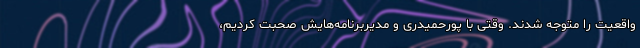
واقعیت را متوجه شدند. وقتی با پورحمیدری و مدیربرنامه‌هایش صحبت کردیم،